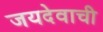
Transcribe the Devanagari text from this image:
जयदेवाची